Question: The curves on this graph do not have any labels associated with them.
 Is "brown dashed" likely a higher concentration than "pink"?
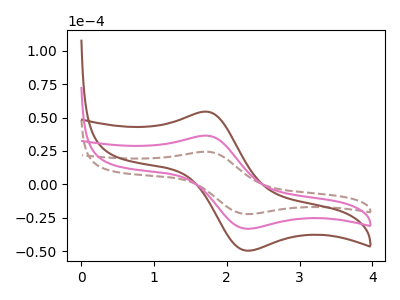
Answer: <think>The brown dashed curve "brown dashed" has an anodic peak at (1.70V, 24.45uA) and a cathodic peak at (2.25V, -22.30uA). The brown curve "brown" has an anodic peak at (1.70V, 72.95uA) and a cathodic peak at (2.25V, -66.60uA). The pink curve "pink" has an anodic peak at (1.70V, 36.50uA) and a cathodic peak at (2.25V, -33.30uA).
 All the peaks in "brown dashed" have a peak in "pink" at the same potential. Every peak in "brown dashed" is lower than every peak in "pink".</think>
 <answer>"brown dashed" has less signal than "pink".</answer>
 <eval>less_signal</eval>